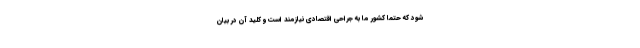
شود که حتما کشور ما به جراحی اقتصادی نیازمند است و کلید آن در بیان